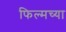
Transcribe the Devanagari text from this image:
फिल्मच्या